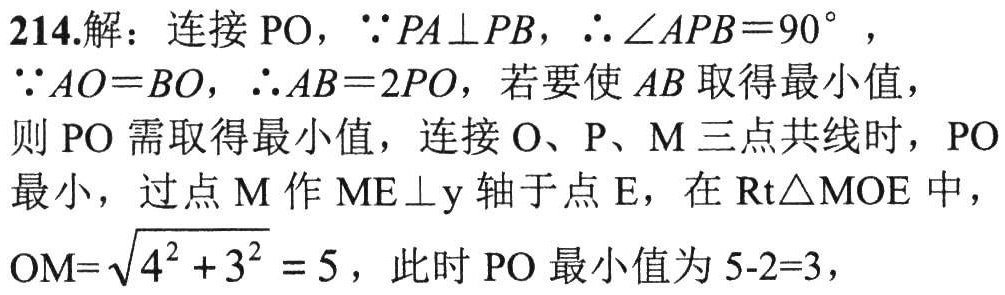
214.解：连接 \(PO\)，\(\because PA\perp PB\)，\(\therefore \angle APB = 90^{\circ}\)，

\(\because AO = BO\)，\(\therefore AB = 2PO\)，若要使 \(AB\) 取得最小值，

则 \(PO\) 需取得最小值，连接 \(O\)、\(P\)、\(M\) 三点共线时，\(PO\)

最小，过点 \(M\) 作 \(ME\perp y\) 轴于点 \(E\)，在 \(Rt\triangle MOE\) 中，

\(OM = \sqrt{4^{2}+3^{2}} = 5\)，此时 \(PO\) 最小值为 \(5 - 2 = 3\)，